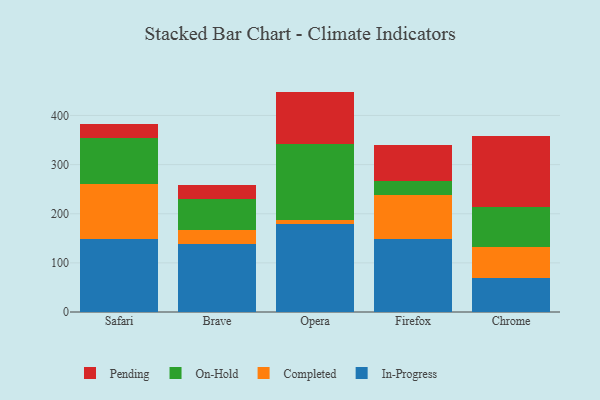
{"axis": {"x": "Browser", "y": "Budget (USD K)"}, "legend": ["Completed", "In-Progress", "On-Hold", "Pending"], "data": [{"x": "Safari", "y": 149.5, "type": "In-Progress"}, {"x": "Safari", "y": 111.6, "type": "Completed"}, {"x": "Safari", "y": 93.3, "type": "On-Hold"}, {"x": "Safari", "y": 28.8, "type": "Pending"}, {"x": "Brave", "y": 139.1, "type": "In-Progress"}, {"x": "Brave", "y": 26.9, "type": "Completed"}, {"x": "Brave", "y": 64.6, "type": "On-Hold"}, {"x": "Brave", "y": 27.3, "type": "Pending"}, {"x": "Opera", "y": 179.3, "type": "In-Progress"}, {"x": "Opera", "y": 8.5, "type": "Completed"}, {"x": "Opera", "y": 154.9, "type": "On-Hold"}, {"x": "Opera", "y": 105.9, "type": "Pending"}, {"x": "Firefox", "y": 149.1, "type": "In-Progress"}, {"x": "Firefox", "y": 89.9, "type": "Completed"}, {"x": "Firefox", "y": 27.8, "type": "On-Hold"}, {"x": "Firefox", "y": 73.1, "type": "Pending"}, {"x": "Chrome", "y": 69.6, "type": "In-Progress"}, {"x": "Chrome", "y": 63.2, "type": "Completed"}, {"x": "Chrome", "y": 80.0, "type": "On-Hold"}, {"x": "Chrome", "y": 146.1, "type": "Pending"}]}